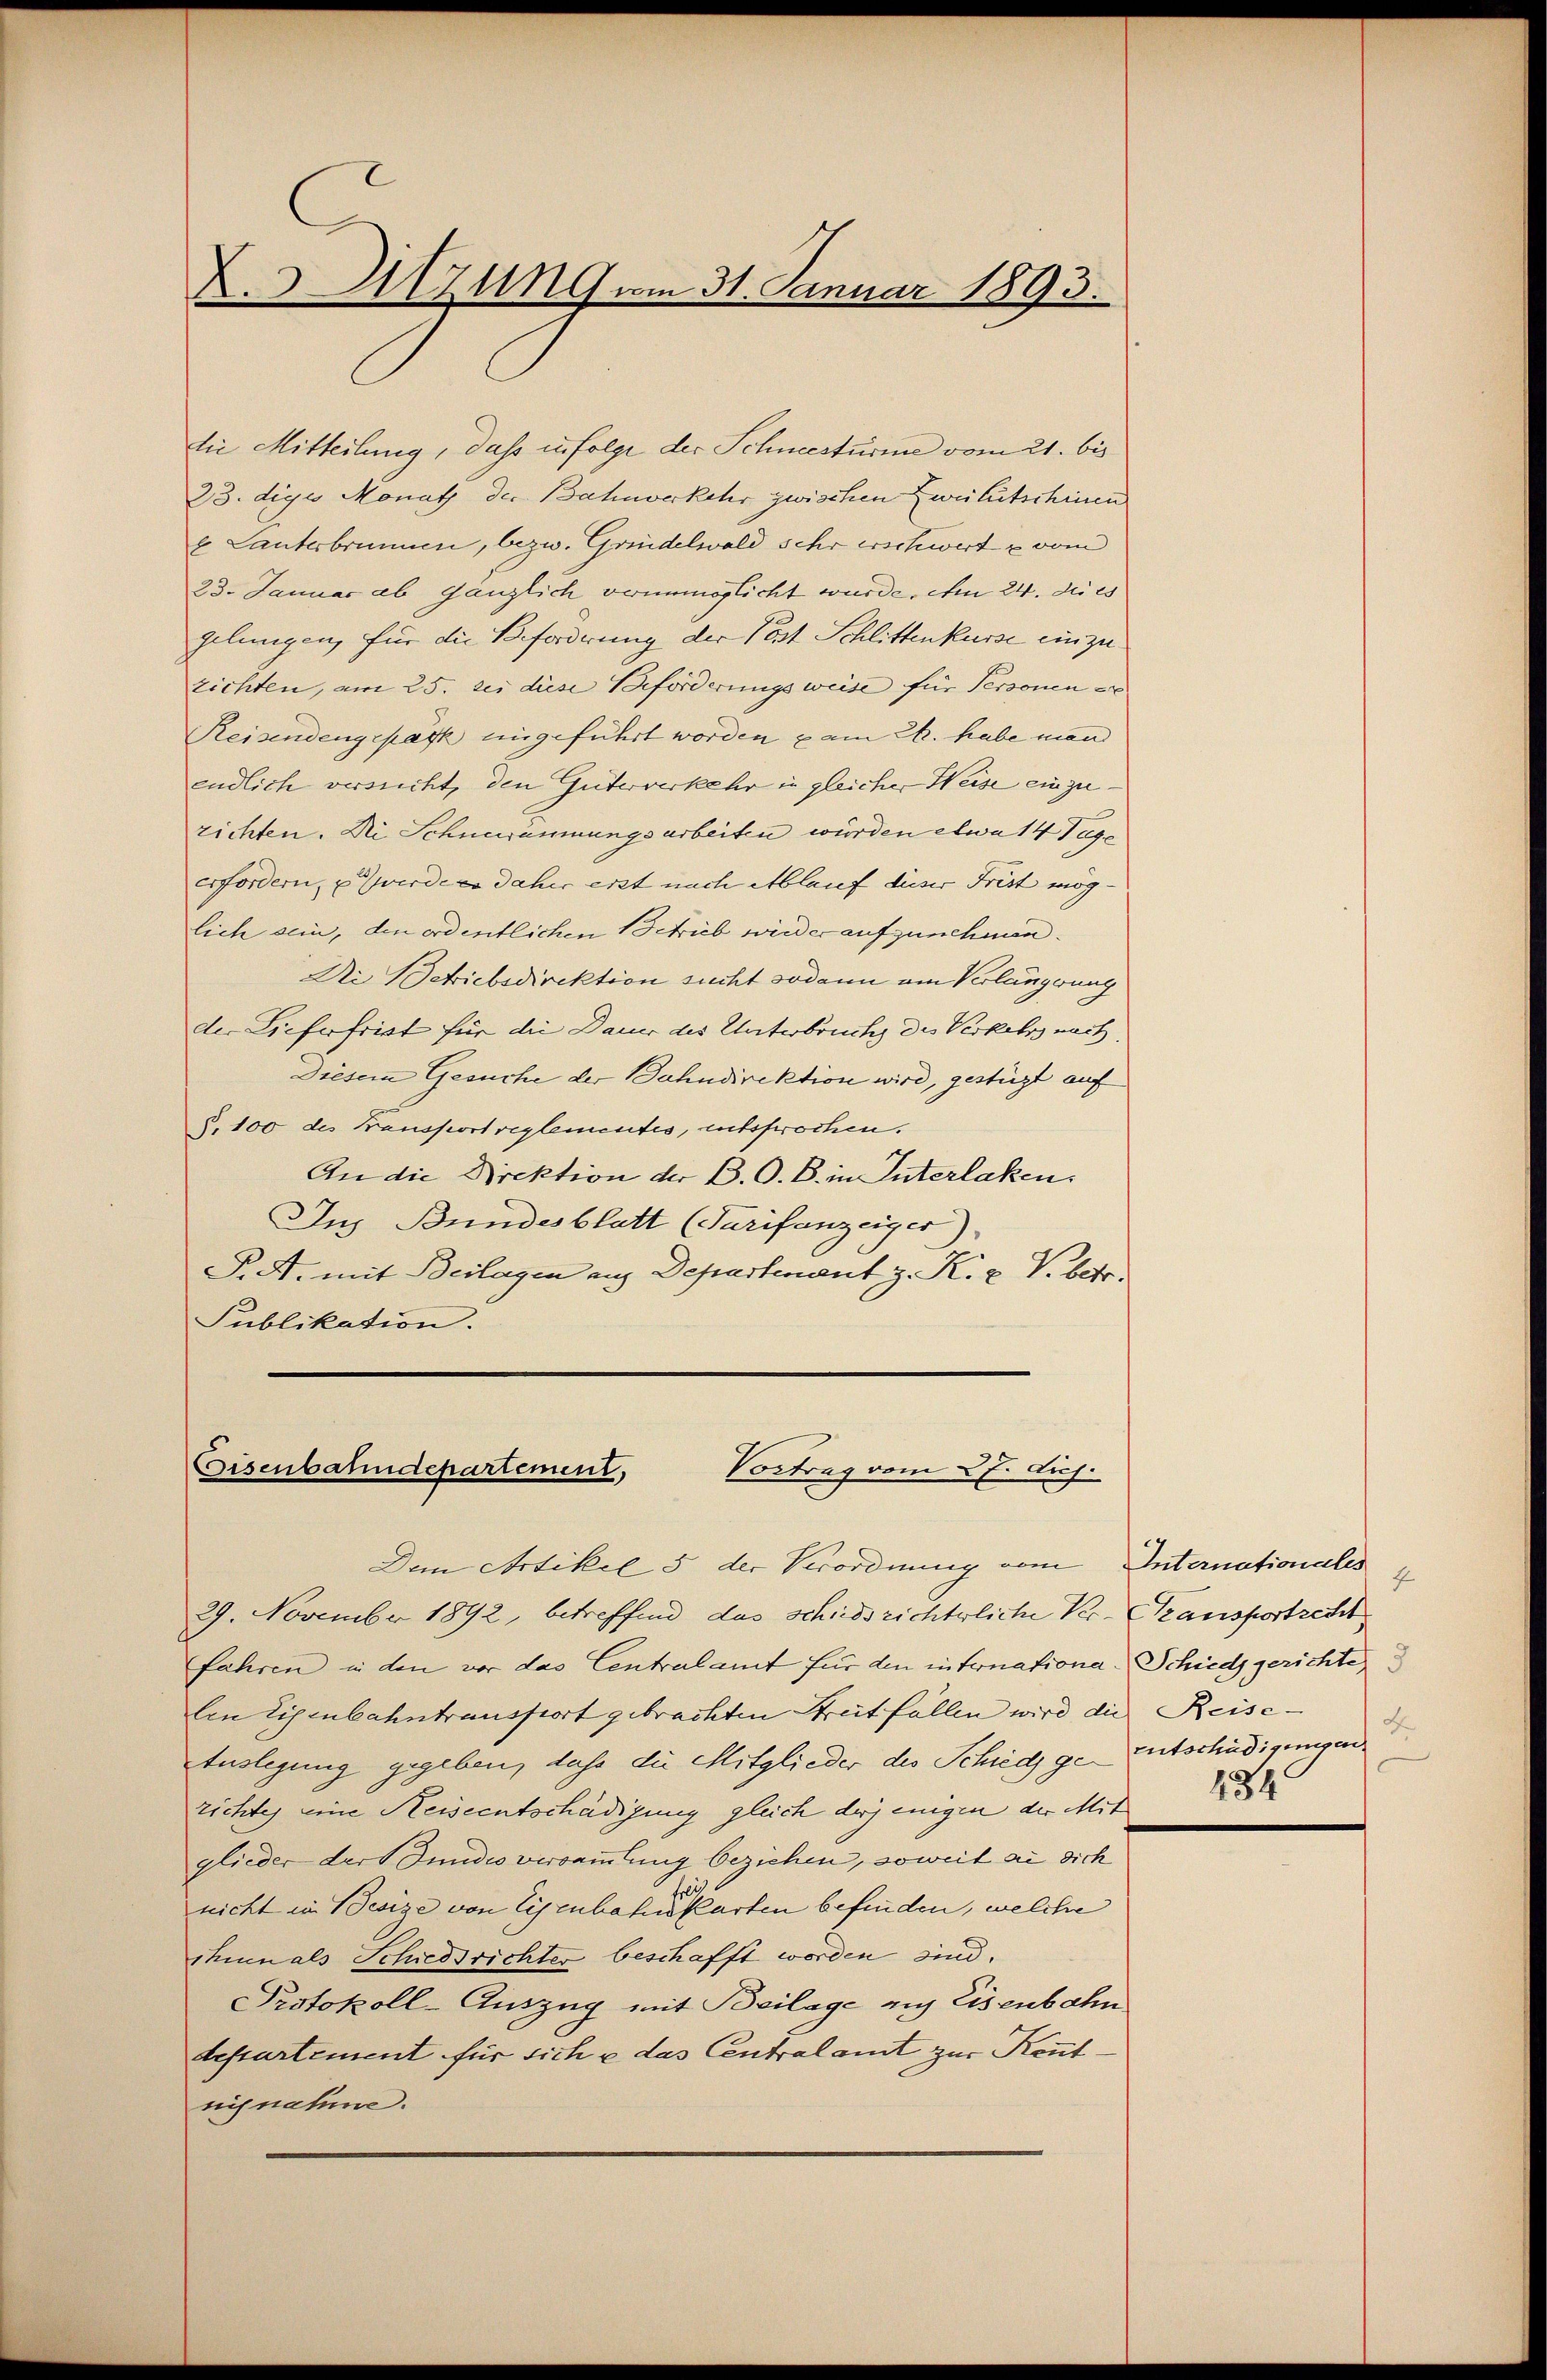
X. Sitzung vom 31. Januar 1893.

die Mitteilung, dass infolge der Schnestürme vom 21. bis
23. digi Monath der Bahnverkehr zwischen Zweitütschinen
g. Lauterbrunnen, bezw. Grindelwald sehr erschwert u vom
23. Januar ab gänzlich vonnöglicht wurde. Am 24. dies
gelungen, für die Beforderung der Post Schlittenkurse einzu
zichten, am 25. Sei diese Beforderungsweise für Personen er
Reisendengepack eingeführt worden am 22. habe man
endlich versucht, den Güterverkehr in gleicher Weise einzuzichten. Dr Schnupämmungsarbeiten würden etwa 14 Tage
erfordern, u werde es daher erst nach Ablauf dieser Frist mög- |
lich sein, den ordentlichen Schrieb wieder aufzunehmen.
Di Betriebsdirektion sucht sodann am Verlängerung
der Lieferfrist für die Dauer des Unterbruchs des Verkehrs nach,
Diesem Gesuche der Bahndirektion wird, gestüzt auf
§. 100 des Transport reglementes, entsprochen.
An die Direktion der B. O. B. in Interlaken
Ins Bundesblatt (Tarifenzeiger)
P.S. mit Beilagen aus Departenant z. K. u. V. betr.
Publikation.

Vortrag vom 27. di
Eisenbahndepartement,
Dem Artikel 5 der Verordnung vom Internationales

29. November 1892, betreffend das schiedsrichterliche Ver- Transportrett
fahren in den vor das Centralamt für den internationa. Schiedsgerichten
len Eisenbahntransport gebrachten Streitfällen wird die Reise-
Auslegung gegeben, dass die Mitglieder des Schied ge Entschädigungen
richtes eine Reiseentschädigung gleich derjenigen der Mit
glieder der Bundes versammlung beziehen, soweit sie sich
nicht in Besige von Eisenbahnskarten befinden, welche
shin als Schiedsrichter beschafft worden sind.
Protokoll-Auszug mit Beilage auf Eisenbahn
desartement für sich u. das Centralamt zur Kenntnisnahme.

F
434